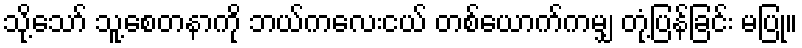
သို့သော် သူ့စေတနာကို ဘယ်ကလေးငယ် တစ်ယောက်ကမျှ တုံ့ပြန်ခြင်း မပြု။